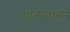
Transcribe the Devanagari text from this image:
आलेखातून